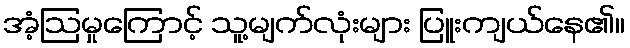
အံ့ဩမှုကြောင့် သူ့မျက်လုံးများ ပြူးကျယ်နေ၏။